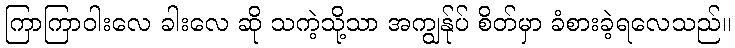
ကြာကြာဝါးလေ ခါးလေ ဆို သကဲ့သို့သာ အကျွန်ုပ် စိတ်မှာ ခံစားခဲ့ရလေသည်။